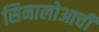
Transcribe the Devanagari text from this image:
सिनालोआची